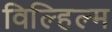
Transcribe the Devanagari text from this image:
विल्हिल्म